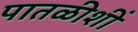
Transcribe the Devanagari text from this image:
पातळीशीं